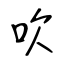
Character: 吹